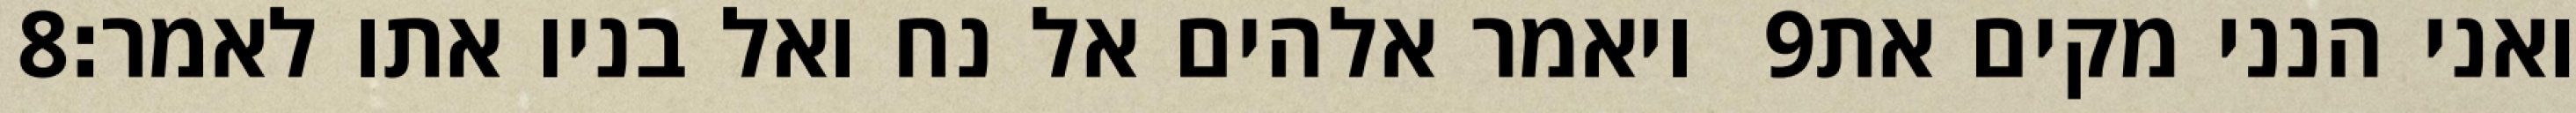
‎8‏ ויאמר אלהים אל נח ואל בניו אתו לאמר׃ ‎9‏ ואני הנני מקים את